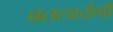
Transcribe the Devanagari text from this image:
बतलायेगी